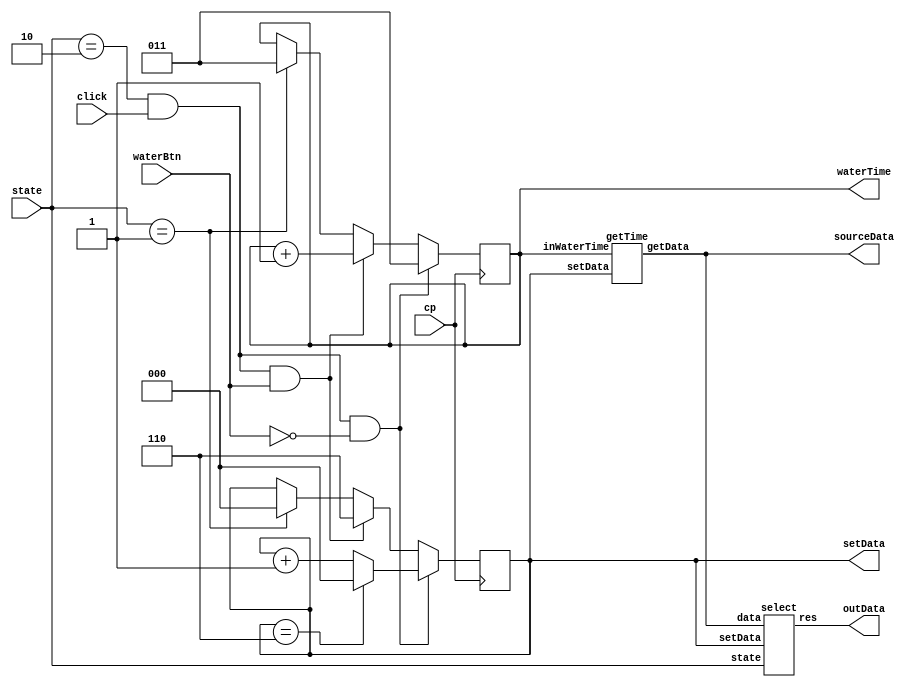
`timescale 1ns/1ps
module Model(
  cp, 
  click,
  waterBtn,
  state,
  setData,
  outData, 
  sourceData,
  waterTime
);
    input cp;
    input click;
    input waterBtn;
    input [2:0] state;
    output reg [2:0] setData;
    output [25:0] outData;
    output [25:0] sourceData;
    output [2:0] waterTime;

    localparam shutDownST = 0, beginST = 1, setST = 2, runST = 3;
    localparam errorST = 4, pauseST = 5, finishST = 6, sleepST = 7;

    localparam set_WRD_ST = 0, set_W_ST = 1, set_WR_ST = 2;
    localparam set_R_ST = 3, set_RD_ST = 4, set_D_ST = 5, set_USE_ST = 6;

    reg [2:0] inWaterTime;
    wire [2:0] setting;
    wire [25:0] data;

    assign setting = setData;
    assign waterTime = inWaterTime;

    getTime t (setting, inWaterTime, data);

    assign sourceData = data;

    select s (state, setting, data, outData);

    always @(posedge cp) begin
      if (state == setST && click && !waterBtn) begin
        setData <= (setData == set_USE_ST) ? set_WRD_ST : setData + 1;
        inWaterTime <= 3;
      end
      else if (state == setST && click && waterBtn) begin
        setData <= set_USE_ST;
        inWaterTime <= inWaterTime + 1;//(inWaterTime == 7) ? 7 : inWaterTime + 1;
      end
      else if (state == beginST) begin
        setData <= 0;
        inWaterTime <= 3;
      end
      else begin
        setData <= setData;
        inWaterTime <= inWaterTime;
      end
    end
endmodule // Model

module getTime(
  setData,
  inWaterTime,
  getData
);
    input [2:0] setData;
    input [2:0] inWaterTime;
    output reg [25:0] getData;

    localparam set_WRD_ST = 0, set_W_ST = 1, set_WR_ST = 2;
    localparam set_R_ST = 3, set_RD_ST = 4, set_D_ST = 5, set_USE_ST = 6;

    always @(*) begin
      case (setData)
        set_WRD_ST: begin
          getData <= 26'b011_1010_100_101_011_1000_100_101;
        end
        set_W_ST: begin
          getData <= 26'b011_1010_000_000_000_0000_000_000;
        end 
        set_WR_ST: begin
          getData <= 26'b011_1010_100_101_011_1000_000_000;
        end
        set_R_ST: begin
          getData <= 26'b000_0000_100_101_011_1000_000_000;
        end
        set_RD_ST: begin
          getData <= 26'b000_0000_100_101_011_1000_100_101;
        end
        set_D_ST: begin
          getData <= 26'b000_0000_000_000_000_0000_100_101;
        end
        set_USE_ST: begin
          getData <= {inWaterTime, 4'b1010, 3'b100, 3'b101, inWaterTime, 4'b1000, 3'b100, 3'b101};
        end
      endcase
    end
endmodule // getTime

module select(
  state,
  setData,
  data,
  res
);
  input [2:0] state;
  input [2:0] setData;
  input [25:0] data;
  output wire [25:0] res;

  localparam shutDownST = 0, beginST = 1, setST = 2, runST = 3;
  localparam errorST = 4, pauseST = 5, finishST = 6;

  localparam set_WRD_ST = 0, set_W_ST = 1, set_WR_ST = 2;
  localparam set_R_ST = 3, set_RD_ST = 4, set_D_ST = 5, set_USE_ST = 6;
  assign res = (state != setST) ? data :
               (state == beginST) ? 0 :
               (setData == set_WRD_ST) ? 26'b000_0000_000_000_000_0001_001_001 :
               (setData == set_W_ST) ?   26'b000_0000_000_000_000_0001_000_000 : 
               (setData == set_WR_ST) ?  26'b000_0000_000_000_000_0001_001_000 :
               (setData == set_R_ST) ?   26'b000_0000_000_000_000_0000_001_000 :
               (setData == set_RD_ST) ?  26'b000_0000_000_000_000_0000_001_001 :
               (setData == set_D_ST) ?   26'b000_0000_000_000_000_0000_000_001 :
               (setData == set_USE_ST) ? 26'b000_0000_000_000_000_0001_001_001 : data;
endmodule // select